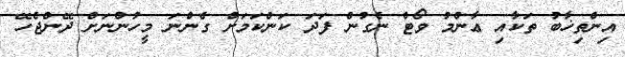
އިންތިޚާބު ތަކާއި ޢާންމު ވޯޓް ނެގުން ފަދަ ކަންކަމަށް ގެންނަ މީހުންނަށް ދޭންޖެހޭ